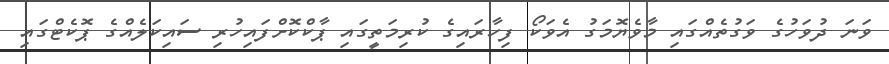
ވަނަ ދުވަހުގެ ވަގުތެއްގައި މާވެޔޮމަގު އެވަކޯ ފިހާރައިގެ ކުރިމަތީގައި ޕާކްކޮށްފައިހުރި ސައިކަލެއްގެ ޕޮކެޓްގައި